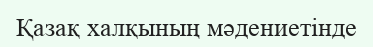
Қазақ халқының мәдениетінде